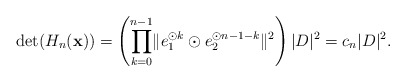
\begin{align*} \det(H_n(\mathbf{x})) = \left(\prod_{k=0}^{n-1} \lVert e_1^{\odot k} \odot e_2^{\odot n-1-k} \rVert^2 \right) |D|^2 = c_n |D|^2. \end{align*}